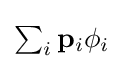
{\textstyle \sum _{i}\mathbf {p} _{i}\phi _{i}}